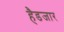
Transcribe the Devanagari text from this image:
हैडजार